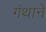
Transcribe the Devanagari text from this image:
गंथाने